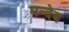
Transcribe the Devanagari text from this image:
मन्देब